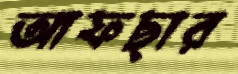
আফছার